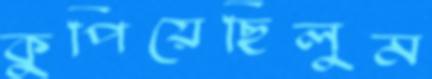
কুপিয়েছিলুম